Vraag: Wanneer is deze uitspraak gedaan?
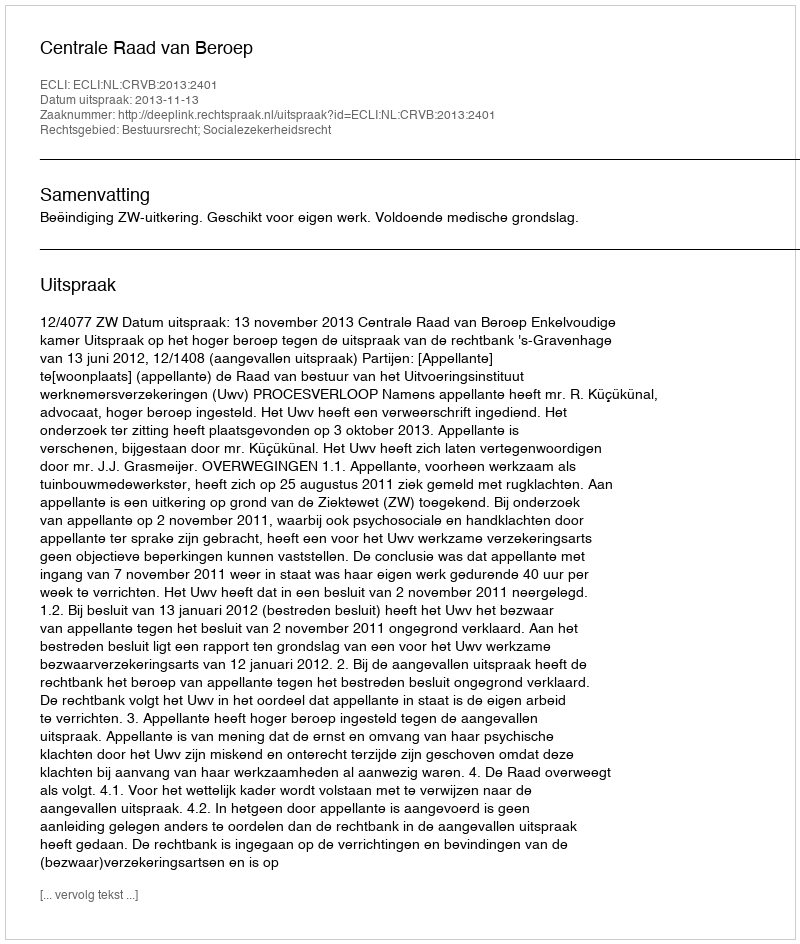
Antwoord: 2013-11-13